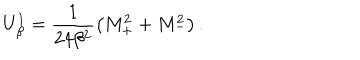
U _ { \beta } ^ { 1 } = \frac { 1 } { 2 4 \beta ^ { 2 } } \left( M _ { + } ^ { 2 } + M _ { - } ^ { 2 } \right) .